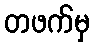
တဖက်မှ